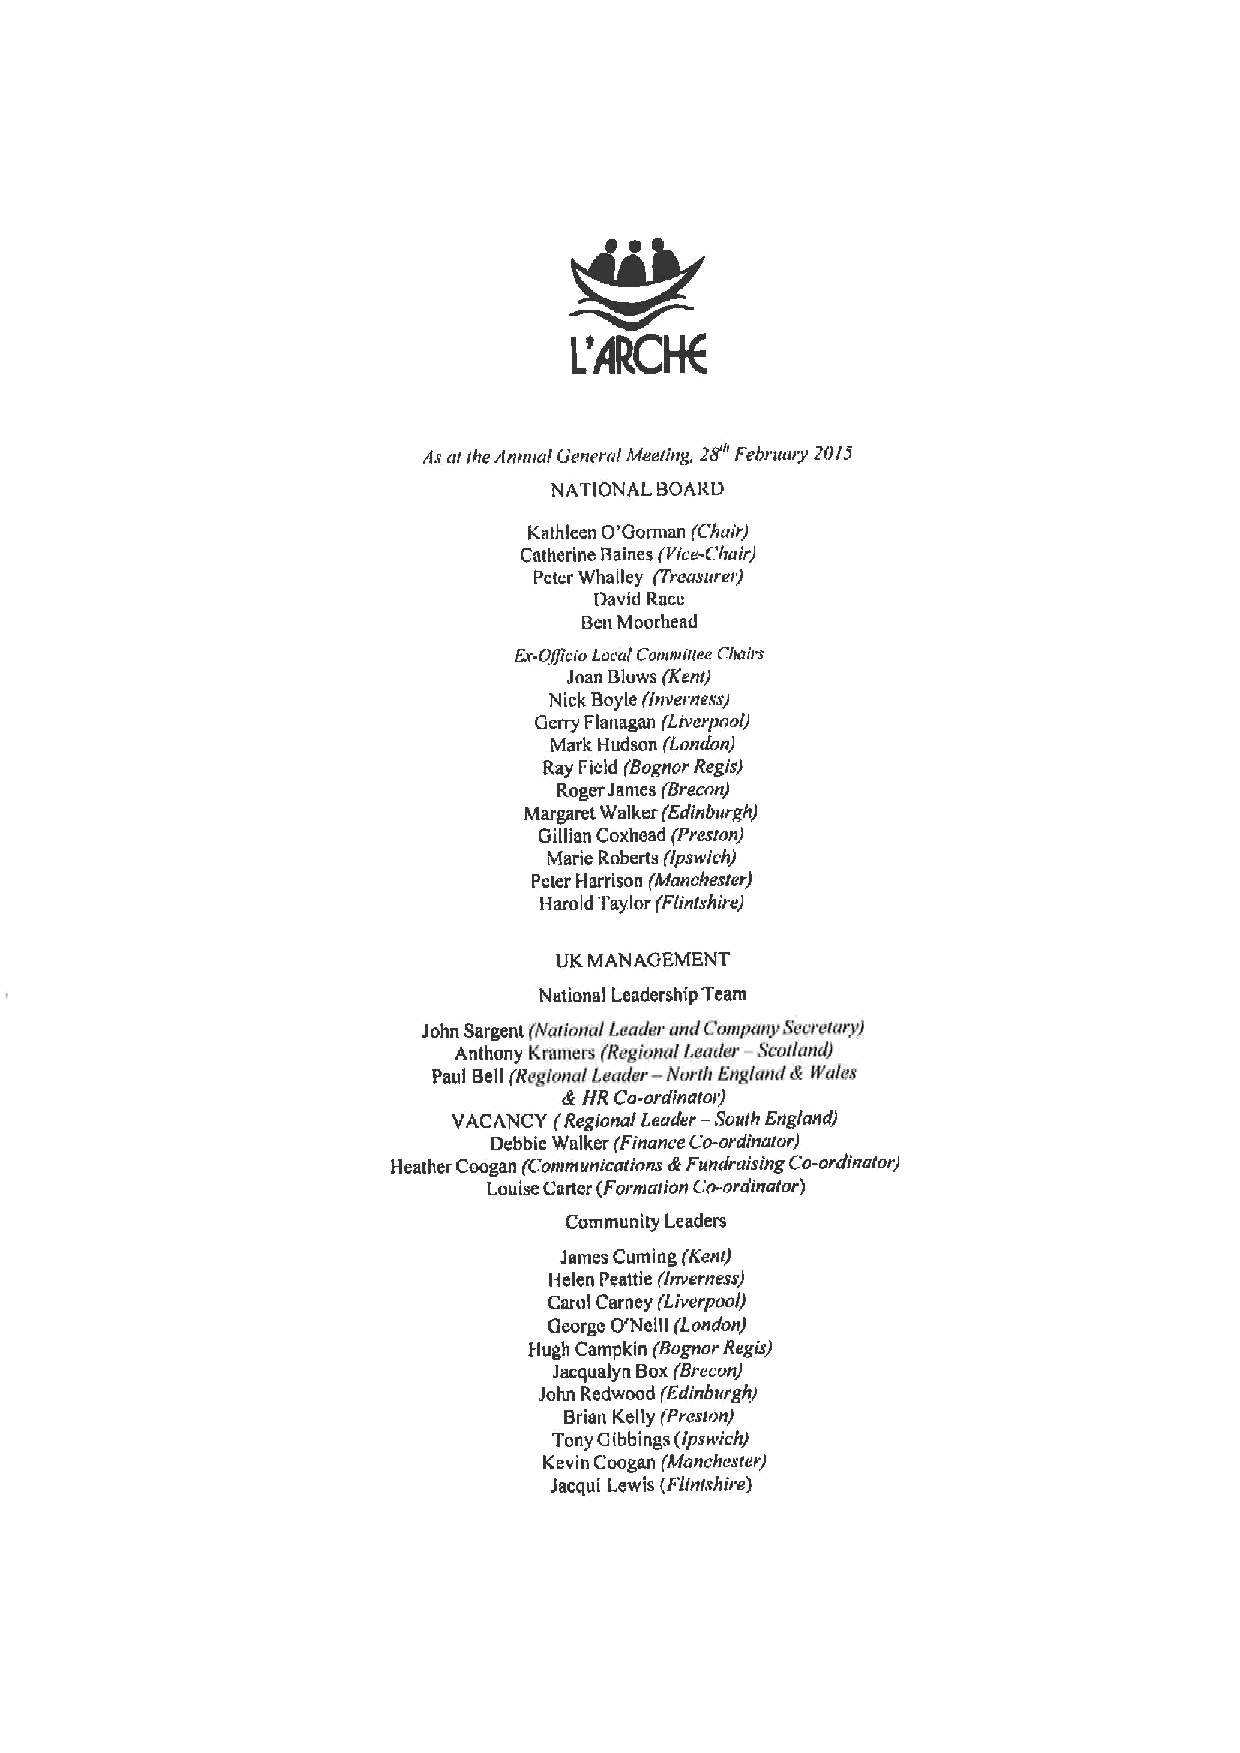
rts ar ihe rinmrai General Meeting, 28'e Februory ZO/5
 NATIONAL BOAItD
 Ksthleen O'Gorman (Chair)
 Cntherine Baines (Vice-Chair)
 Peter Whalley (Treasurer)
 David Race
 BenMoorhead
 Er-Olpcio i.or.'ai Ccrereriiee Chairs
 Joan Blows (Kent)
 Nick Bayle (Inverness)
 Derry Flanagan (Liverpool)
 Mark Hudson (Londori)
 Ray Field (Bognor Regis)
 Roger James (Srecon)
 Margaret Walker (Edinburgh)
 Gillian Coxhead (Preston)
 Marie Roberts (Ipswi ch)
 Peter Harrison (Manchester)
 Harold Taylor (Flinishire)
 UK MANAGEMENT
 National Leadership Team
 John Sargent (Iearionai Leader und Comprrny Seoreiary)
 Anthony Kramers (Regiemal loader Scoilartd)
 Paul Bell (Regiona( Leader — Harih Englartd & Wales
 & HR Co-ordinaior)
 VACANCY (Regional Leader —Souiir England)
 Debbie Walker (Finance Co-ordinaror)
 Heather Coogan (Conrmunicarions &Fundraising Co-ordinaior)
 Louise Carter IFormaiion Co-ordinaior)
 Community l.eaders
 James Curning (Kent)
 ltelen Peattle (Inverness)
 Carol Carney (Liverpool)
 George O'Neill (London)
 I.lugh Campkin (Rognor Regis)
 Jacqualyn Box(Brecon)
 John Redwood (Edinbtrrghj
 Brian Kelly (Presir&n)
 Tony Gibbings(lpsw/ch)
 Kevin Coogan (Monchesier)
 Jacqui Lewis IFlinithire)